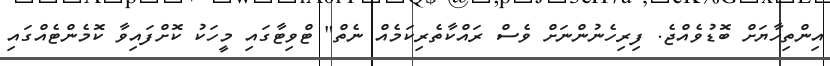
އިންތިހާޔަށް ބޮޑުވެއްޖެ. ފިރިހެނުންނަށް ވެސް ރައްކާތެރިކަމެއް ނެތް" ޓްވިޓާގައި މީހަކު ކޮށްފައިވާ ކޮމެންޓެއްގައި